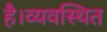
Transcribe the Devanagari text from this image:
है।व्यवस्थित